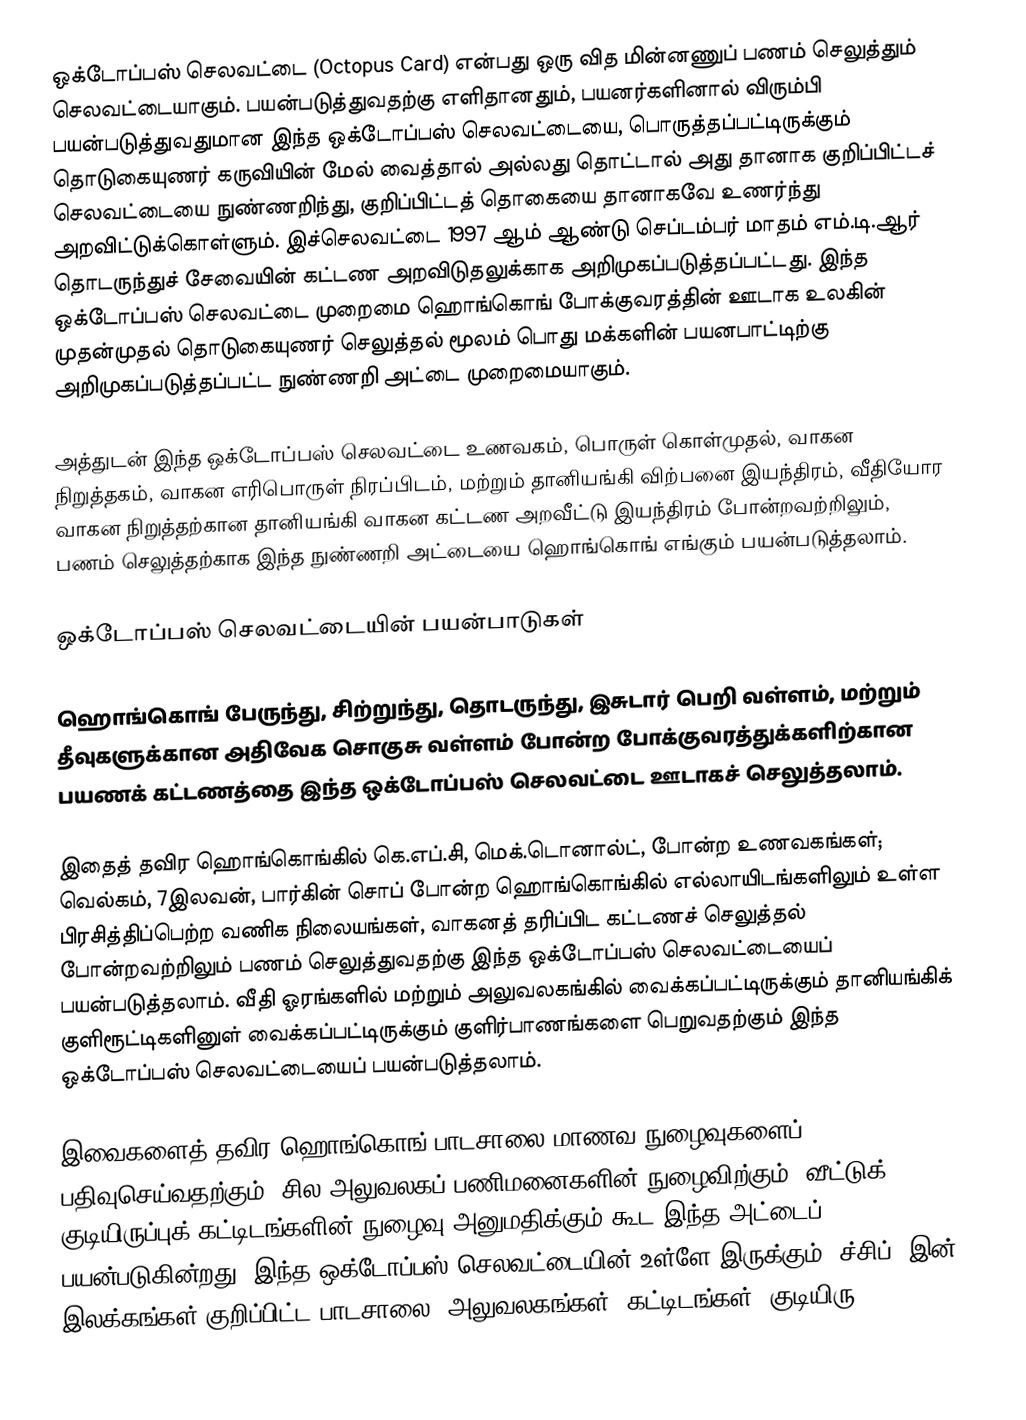
ஒக்டோப்பஸ் செலவட்டை (Octopus Card) என்பது ஒரு வித மின்னணுப் பணம் செலுத்தும் செலவட்டையாகும். பயன்படுத்துவதற்கு எளிதானதும், பயனர்களினால் விரும்பி பயன்படுத்துவதுமான இந்த ஒக்டோப்பஸ் செலவட்டையை, பொருத்தப்பட்டிருக்கும் தொடுகையுணர் கருவியின் மேல் வைத்தால் அல்லது தொட்டால் அது தானாக குறிப்பிட்டச் செலவட்டையை நுண்ணறிந்து, குறிப்பிட்டத் தொகையை தானாகவே உணர்ந்து அறவிட்டுக்கொள்ளும். இச்செலவட்டை 1997 ஆம் ஆண்டு செப்டம்பர் மாதம் எம்.டி.ஆர் தொடருந்துச் சேவையின் கட்டண அறவிடுதலுக்காக அறிமுகப்படுத்தப்பட்டது. இந்த ஒக்டோப்பஸ் செலவட்டை முறைமை ஹொங்கொங் போக்குவரத்தின் ஊடாக உலகின் முதன்முதல் தொடுகையுணர் செலுத்தல் மூலம் பொது மக்களின்  பயனபாட்டிற்கு அறிமுகப்படுத்தப்பட்ட நுண்ணறி அட்டை முறைமையாகும்.

அத்துடன் இந்த ஒக்டோப்பஸ் செலவட்டை உணவகம், பொருள் கொள்முதல், வாகன நிறுத்தகம், வாகன எரிபொருள் நிரப்பிடம்,  மற்றும் தானியங்கி விற்பனை இயந்திரம், வீதியோர வாகன நிறுத்தற்கான தானியங்கி வாகன கட்டண அறவீட்டு இயந்திரம் போன்றவற்றிலும், பணம் செலுத்தற்காக இந்த நுண்ணறி அட்டையை ஹொங்கொங் எங்கும் பயன்படுத்தலாம்.

ஒக்டோப்பஸ் செலவட்டையின் பயன்பாடுகள்

ஹொங்கொங் பேருந்து, சிற்றுந்து, தொடருந்து, இசுடார் பெறி வள்ளம், மற்றும் தீவுகளுக்கான அதிவேக சொகுசு வள்ளம் போன்ற போக்குவரத்துக்களிற்கான பயணக் கட்டணத்தை இந்த ஒக்டோப்பஸ் செலவட்டை ஊடாகச் செலுத்தலாம்.

இதைத் தவிர ஹொங்கொங்கில் கெ.எப்.சி, மெக்.டொனால்ட், போன்ற உணவகங்கள்; வெல்கம், 7இலவன், பார்கின் சொப் போன்ற ஹொங்கொங்கில் எல்லாயிடங்களிலும் உள்ள பிரசித்திப்பெற்ற வணிக நிலையங்கள், வாகனத் தரிப்பிட கட்டணச் செலுத்தல் போன்றவற்றிலும் பணம் செலுத்துவதற்கு இந்த ஒக்டோப்பஸ் செலவட்டையைப் பயன்படுத்தலாம். வீதி ஓரங்களில் மற்றும் அலுவலகங்கில் வைக்கப்பட்டிருக்கும் தானியங்கிக் குளிரூட்டிகளினுள் வைக்கப்பட்டிருக்கும் குளிர்பாணங்களை பெறுவதற்கும் இந்த ஒக்டோப்பஸ் செலவட்டையைப் பயன்படுத்தலாம்.

இவைகளைத் தவிர ஹொங்கொங் பாடசாலை மாணவ நுழைவுகளைப் பதிவுசெய்வதற்கும், சில அலுவலகப் பணிமனைகளின் நுழைவிற்கும், வீட்டுக் குடியிருப்புக் கட்டிடங்களின் நுழைவு அனுமதிக்கும் கூட இந்த அட்டைப் பயன்படுகின்றது. இந்த ஒக்டோப்பஸ் செலவட்டையின் உள்ளே இருக்கும் “ச்சிப்” இன் இலக்கங்கள் குறிப்பிட்ட பாடசாலை, அலுவலகங்கள், கட்டிடங்கள், குடியிரு